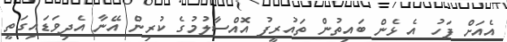
އެއަށް ފަހު އެ ޅެން ބައިތުން ތައުރީފު އޮއްސާލުމުގެ ކުރިން އޭނާ އެދިވަޑައިގަތީ